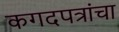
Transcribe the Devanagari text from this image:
कगदपत्रांचा